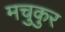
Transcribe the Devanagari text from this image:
मचुकुर